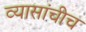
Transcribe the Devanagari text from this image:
व्यासांचीच